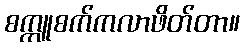
စက္ကူစက်ကလာဖိတ်တာ။